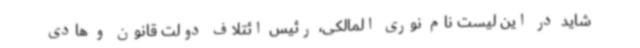
شاید در این لیست نام نوری المالکی، رئیس ائتلاف دولت قانون و هادی